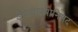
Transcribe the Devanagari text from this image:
ईशावास्योनिषद